Document type: Acquittal of debt
Year: 1424
Scribe: Francesc de Casanoves
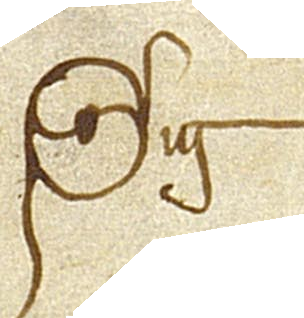
Sig